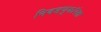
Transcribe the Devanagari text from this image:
निवडणुकांपेक्षा